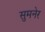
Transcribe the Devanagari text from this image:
सुमनेर